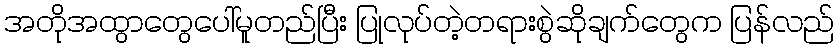
အတိုအထွာတွေပေါ်မူတည်ပြီး ပြုလုပ်တဲ့တရားစွဲဆိုချက်တွေက ပြန်လည်